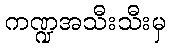
ကဏ္ဍအသီးသီးမှ